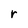
Character: r